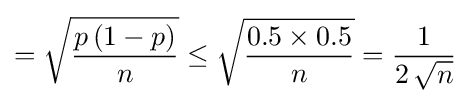
={\sqrt {\frac {p\,(1-p)}{n}}}\leq {\sqrt {\frac {0.5\times 0.5}{n}}}={\frac {1}{2\,{\sqrt {n}}}}